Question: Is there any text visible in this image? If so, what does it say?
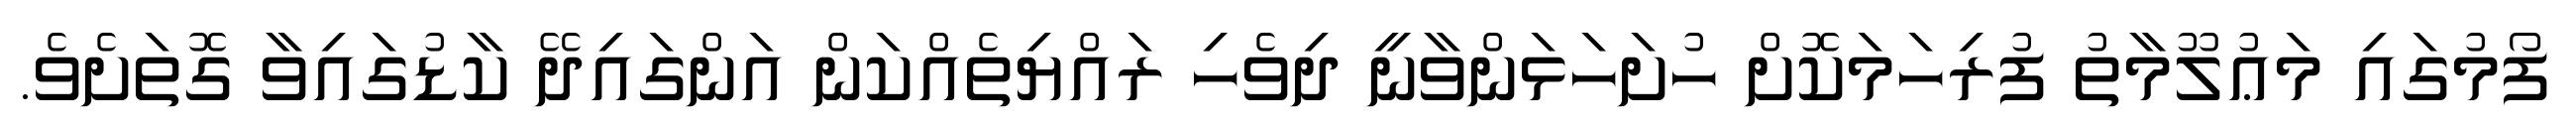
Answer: ފޯމުގައި މަޢުލޫމާތު ފުރިހަމަކޮށް ހުށަހަޅަންވާނީ ދިވެހި ރައްޔިތެއްކަން އަންގައިދޭ ކާޑުގައިވާ ގޮތަށެވެ.